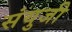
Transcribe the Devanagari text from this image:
संयुजी